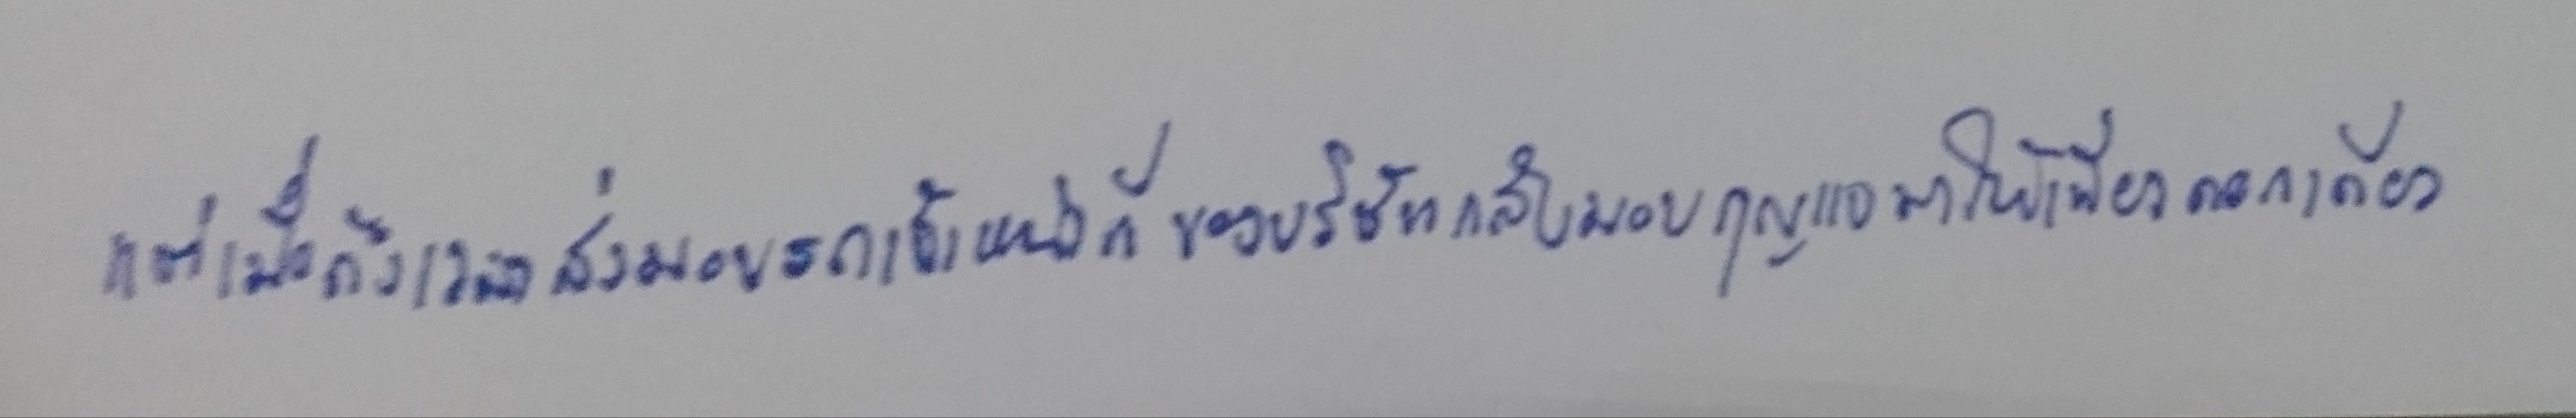
แต่เมื่อถึงเวลาส่งมอบรถเจ้าหน้าที่ของบริษัทกลับมอบกุญแจมาให้เพียงดอกเดียว